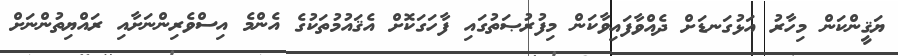
ޔަޤީންކަން މިހާރު އަޅުގަނޑަށް ދެއްވާފައިވާކަން މިފުރުޞަތުގައި ފާހަގަކޮށް އެޤައުމުތަކުގެ އެންމެ އިސްވެރިންނަށާއި ރައްޔިތުންނަށް